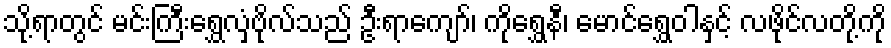
သို့ရာတွင် မင်းကြီးရွှေလှံဗိုလ်သည် ဦးရာကျော်၊ ကိုရွှေနီ၊ မောင်ရွှေဝါနှင့် လဖိုင်လတို့ကို